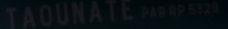
TAOUNATE PAR RP 532